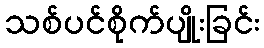
သစ်ပင်စိုက်ပျိုးခြင်း